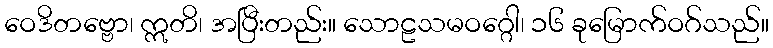
ဝေဒိတဗ္ဗော၊ ဣတိ၊ အပြီးတည်း။ သောဠသမဝဂ္ဂေါ၊ ၁၆ ခုမြောက်ဝဂ်သည်။